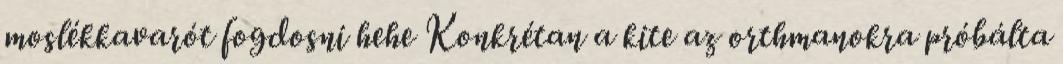
moslékkavarót fogdosni hehe Konkrétan a kite az orthmanokra próbálta